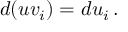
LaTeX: d ( u v _ { i } ) = d u _ { i } \, .